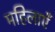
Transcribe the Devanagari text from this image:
महिलाएंँ